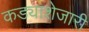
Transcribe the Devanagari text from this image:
कड्याशेजारी